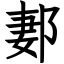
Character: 郪